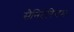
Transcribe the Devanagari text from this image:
सैनिटेरियम